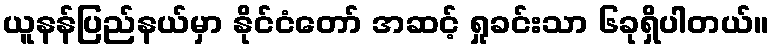
ယူနန်ပြည်နယ်မှာ နိုင်ငံတော် အဆင့် ရှုခင်းသာ ၆ခုရှိပါတယ်။